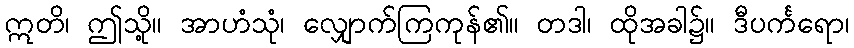
ဣတိ၊ ဤသို့။ အာဟံသုံ၊ လျှောက်ကြကုန်၏။ တဒါ၊ ထိုအခါ၌။ ဒီပင်္ကရော၊